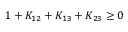
1 + K _ { 1 2 } + K _ { 1 3 } + K _ { 2 3 } \ge 0